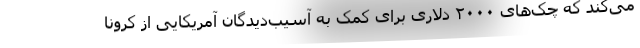
می‌کند که چک‌های ۲۰۰۰ دلاری برای کمک به آسیب‌دیدگان آمریکایی از کرونا